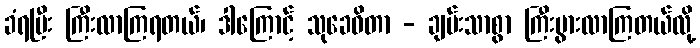
ခံရပြီး ကြီးလာကြရတယ်၊ ဒါကြောင့် သုခေဓိတာ - ချမ်းသာစွာ ကြီးပွားလာကြတယ်လို့